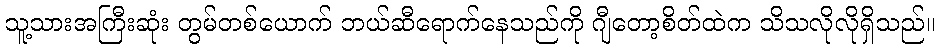
သူ့သားအကြီးဆုံး တွမ်တစ်ယောက် ဘယ်ဆီရောက်နေသည်ကို ဂျီတော့စိတ်ထဲက သိသလိုလိုရှိသည်။